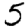
Digit: 5